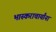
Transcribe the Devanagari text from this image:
भास्कराचार्यांना